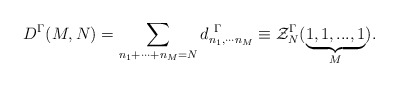
\begin{align*}D^{\Gamma}(M,N)= \sum_{n_{1}+\cdots +n_{M}=N} d^{\ \Gamma}_{n_{1},\cdots n_{M}}\equiv {\cal Z}^{\Gamma}_{N}(\underbrace {1,1,...,1}_{M}).\end{align*}